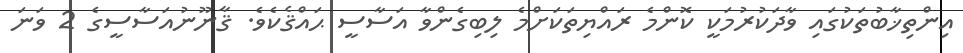
އިންތިޚާބުތަކުގައި ވާދަކުރުމަކީ ކޮންމެ ރައްޔިތަކަށްމެ ލިބިގެންވާ އަސާސީ ޙައްޤެކެވެ. ޤާނޫނުއަސާސީގެ 2 ވަނަ